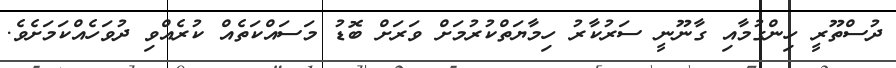
ދުސްތޫރީ ހިންގުމާއި ގާނޫނީ ސަރުކާރު ހިމާޔަތްކުރުމަށް ވަރަށް ބޮޑު މަސައްކަތެއް ކުރެއްވި ދުވަހެއްކަމަށެވެ.